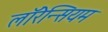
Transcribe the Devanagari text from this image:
लॉरेन्सियम